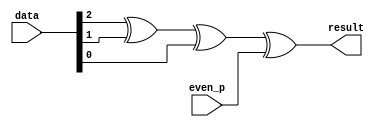
`timescale 1ns / 1ps
//////////////////////////////////////////////////////////////////////////////////
// Company: 
// Engineer: 
// 
// Design Name: 
// Module Name:    even_parity 
// Project Name: 
// Target Devices: 
// Tool versions: 
// Description: 
//
// Dependencies: 
//
// Revision: 
// Revision 0.01 - File Created
// Additional Comments: 
//
//////////////////////////////////////////////////////////////////////////////////
module even_parity(
    input [2:0] data,
	 input even_p,
    output result
    );

assign result = data[2]^data[1]^data[0]^even_p;

endmodule